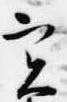
実